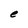
Character: e